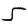
Digit: 5